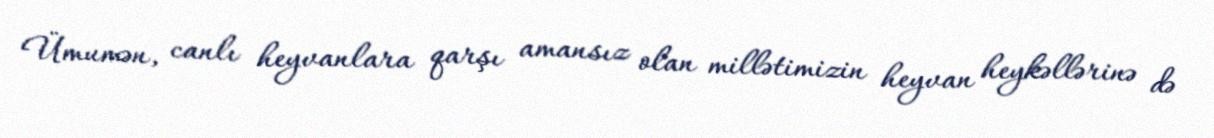
Ümumən, canlı heyvanlara qarşı amansız olan millətimizin heyvan heykəllərinə də